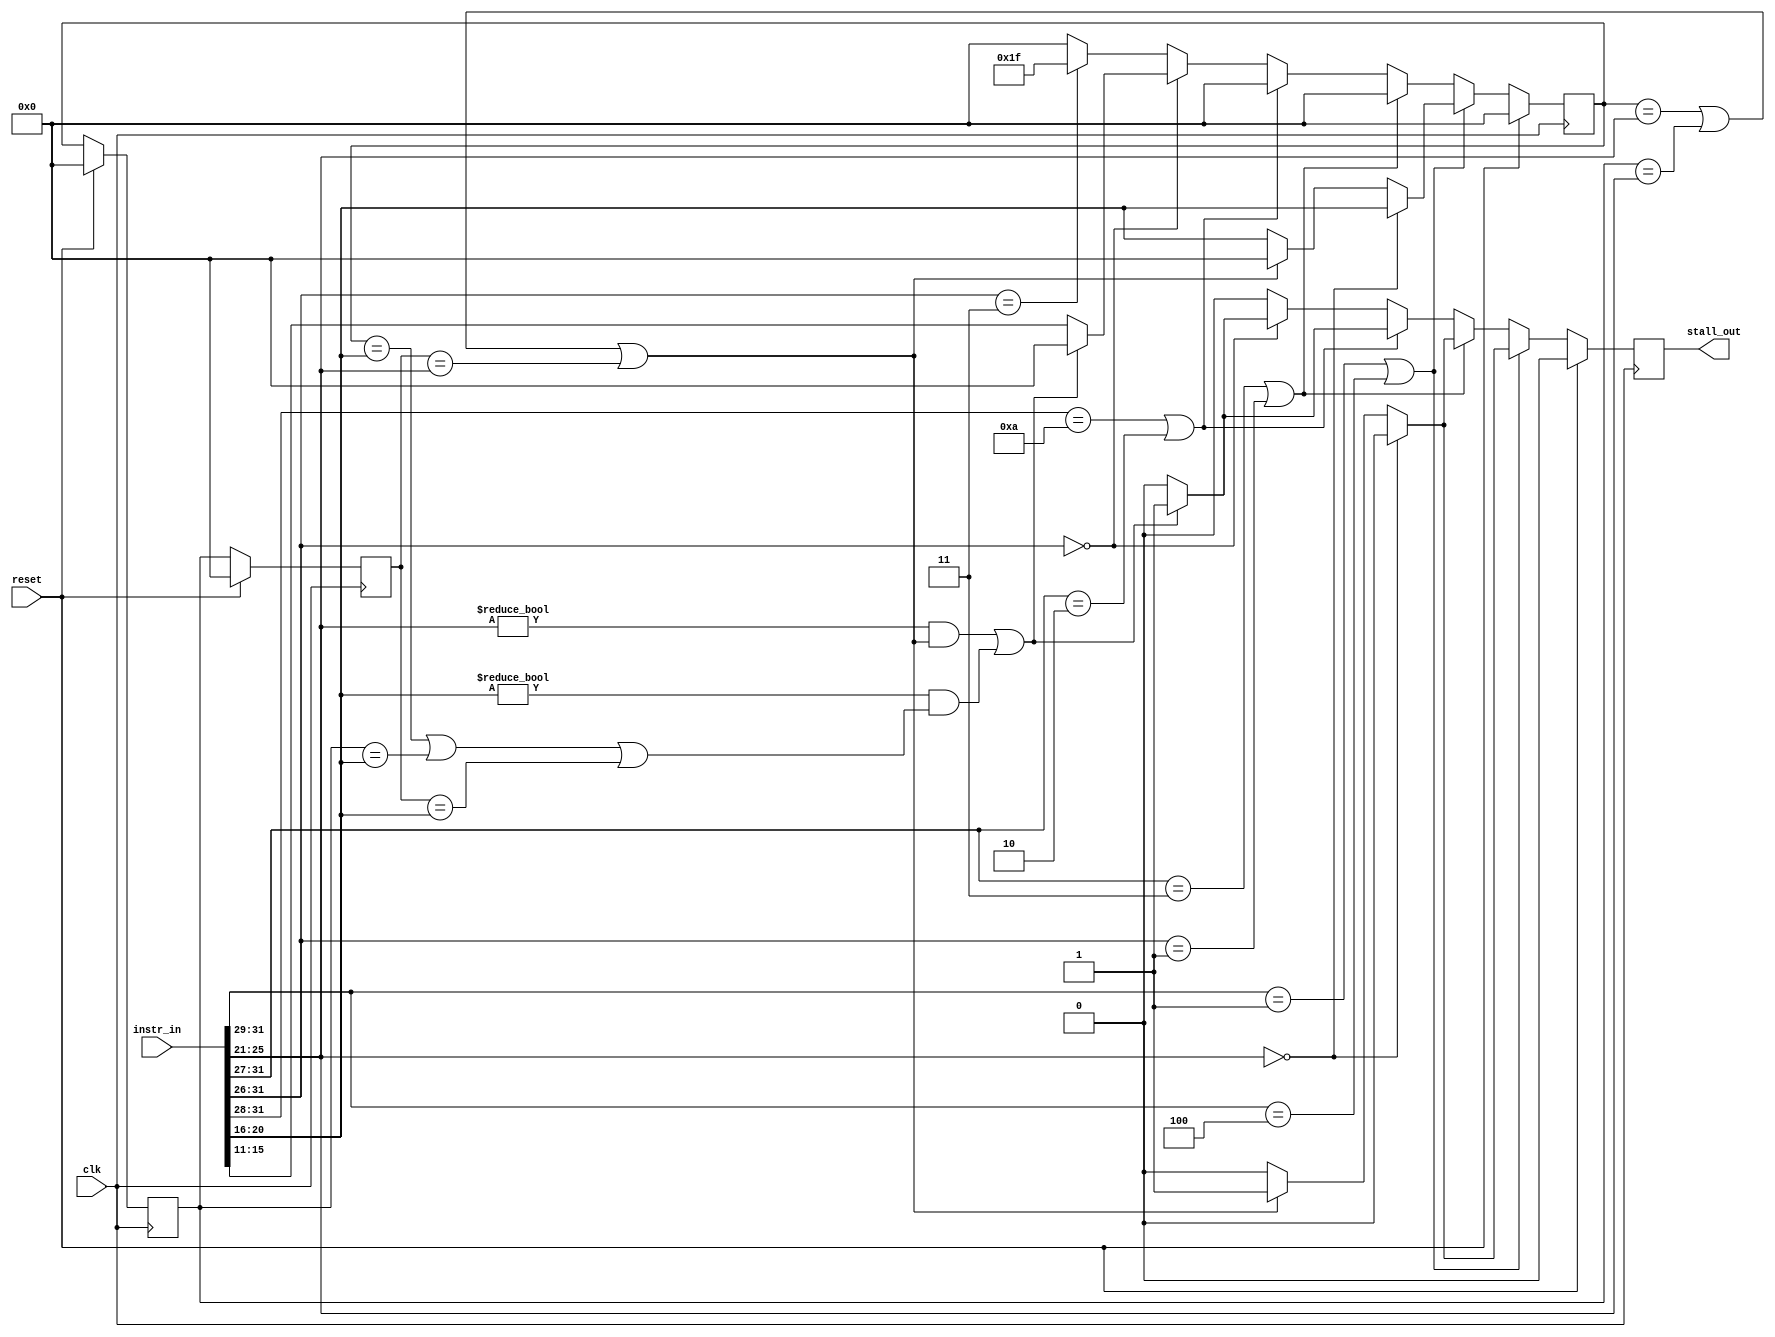

module hazardDetector (input clk, input reset, input [31:0] instr_in, output reg stall_out);

	reg [4:0] reg_dest [3:0];
	
	wire [5:0] instr_opcode;
	wire [4:0] instr_rs, instr_rt, instr_rd;
	
	assign instr_opcode = instr_in[31:26];
	assign instr_rs = instr_in[25:21];
	assign instr_rt = instr_in[20:16];
	assign instr_rd = instr_in[15:11];
	
	parameter zero = 5'b00000;
	parameter ra = 5'b11111;
	parameter yes = 1'b1;
	parameter no = 1'b0;
	
	// 001    use rs as source and rt as dest X
	// 100    use rs as source and rt as dest X
	// 000011 uses 31 as dest X
	
	// 00011  use rs as source X
	// 000001 use rs as source X
	// 1010   use rs and rt as source X
	// 00010  use rs and rt as source X
	// 000000 use rs and rt as source and rd as dest X

	always @(negedge clk) begin
		if (reset) begin
			reg_dest[3] <= 5'b00000;
			reg_dest[2] <= 5'b00000;
			reg_dest[1] <= 5'b00000;
			reg_dest[0] <= 5'b00000;
			stall_out <= 1'b0;
		end else begin
			// move stages along
			reg_dest[3] <= reg_dest[2];
			reg_dest[2] <= reg_dest[1];
			reg_dest[1] <= reg_dest[0];
			//$display("ls: %x, rs %x, or: %x, 0: %x, 1: %x, rs: %x ", (reg_dest[0] == instr_rs), (reg_dest[1] == instr_rs), ((reg_dest[0] == instr_rs) || (reg_dest[1] == instr_rs)), reg_dest[0], reg_dest[1], instr_rs);
			// handle immediate modifiers: read rs, write rt
			if ((instr_opcode[5:3] == 3'b001) || (instr_opcode[5:3] == 3'b100)) begin
				if (instr_rs == zero) begin
					reg_dest[0] <= instr_rt;
					stall_out <= no;
				end else if ((reg_dest[0] == instr_rs) || (reg_dest[1] == instr_rs) || (reg_dest[2] == instr_rs)) begin
					reg_dest[0] <= zero;
					stall_out <= yes;
				end else begin
					reg_dest[0] <= instr_rt;
					stall_out <= no;
				end
			// handle single register jumps/branches: read rs
			end else if ((instr_opcode[5:1] == 5'b00011) || (instr_opcode[5:0] == 6'b000001)) begin
				reg_dest[0] <= zero;
				if (instr_rs == zero) begin
					stall_out <= no;
				end else if ((reg_dest[0] == instr_rs) || (reg_dest[1] == instr_rs) || (reg_dest[2] == instr_rs)) begin
					stall_out <= yes;
				end else begin
					stall_out <= no;
				end
			// handle double readers: read rs and rt
			end else if ((instr_opcode[5:2] == 4'b1010) || (instr_opcode[5:1] == 5'b00010)) begin
				reg_dest[0] <= zero;
				//$display("read rs and rt");
				//if ((instr_rs == zero) && (instr_rt == zero)) begin
				//	stall_out <= no;
				if ((instr_rs != zero) && ((reg_dest[0] == instr_rs) || (reg_dest[1] == instr_rs) || (reg_dest[2] == instr_rs)) || (instr_rt != zero) && ((reg_dest[0] == instr_rt) || (reg_dest[1] == instr_rt) || (reg_dest[2] == instr_rt))) begin
					stall_out <= yes;
					//$display("We should be stalling here, rs %x and dest %x", instr_rs, reg_dest[0]);
				end else begin
					stall_out <= no;
				end
			// handle double reader and solo writers: read rs and rt, write rd
			end else if (instr_opcode[5:0] == 6'b000000) begin
				//if ((instr_rs == zero) && (instr_rt == zero)) begin
				//	reg_dest[0] <= instr_rd;
				//	stall_out <= no;
				if ((instr_rs != zero) && ((reg_dest[0] == instr_rs) || (reg_dest[1] == instr_rs) || (reg_dest[2] == instr_rs)) || (instr_rt != zero) && ((reg_dest[0] == instr_rt) || (reg_dest[1] == instr_rt) || (reg_dest[2] == instr_rt))) begin
					reg_dest[0] <= zero;
					stall_out <= yes;
				end else begin
					reg_dest[0] <= instr_rd;
					stall_out <= no;
				end
			// handle jal write only: write 31
			end else if (instr_opcode[5:0] == 6'b000011) begin
				reg_dest[0] <= ra;
				stall_out <= no;
			// handle default: should be nothing
			end else begin
				reg_dest[0] <= zero;
				stall_out <= no;
			end
		end
	end

endmodule